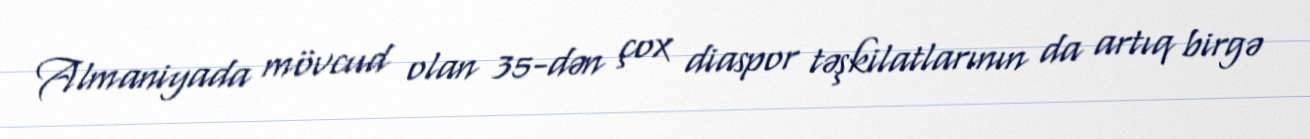
Almaniyada mövcud olan 35-dən çox diaspor təşkilatlarının da artıq birgə